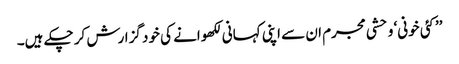
’’کئی خونی‘ وحشی مجرم ان سے اپنی کہانی لکھوانے کی خود گزارش کر چکے ہیں۔